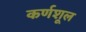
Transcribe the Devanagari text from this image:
कर्णशूल